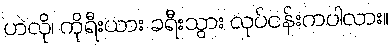
ဟဲလို၊ ကိုရီးယား ခရီးသွား လုပ်ငန်းကပါလား။